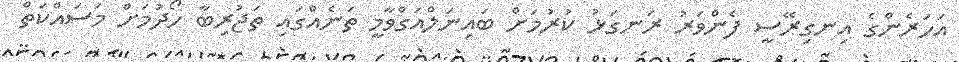
އަހަރެންގެ އިނގިރޭސީ ފެންވަރު ރަނގަޅު ކުރުމަށް ބައިނަލްއަގްވާމީ ތަނެއްގައި ތަޖުރިބާ ހޯދުމަށް މަސައްކަތް